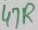
Text: 47R